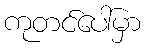
ကုတင်ပေါ်မှာ